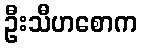
ဦးသီဟစောက